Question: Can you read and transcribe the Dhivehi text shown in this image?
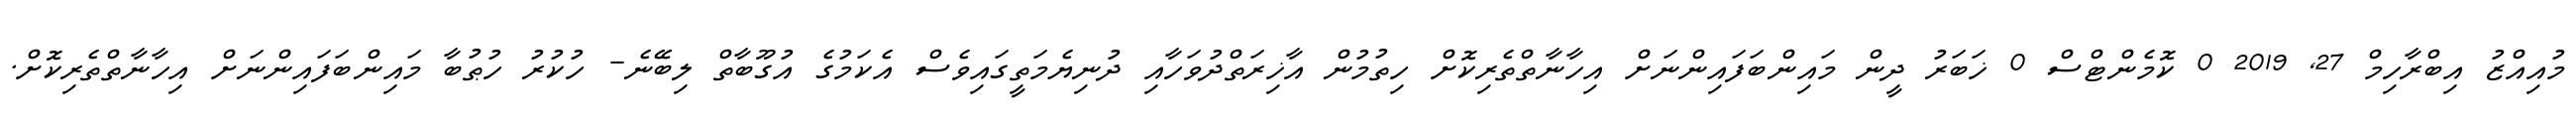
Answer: މުއިއްޒު އިބްރާހިމް 27, 2019 0 ކޮމެންޓްސް 0 ޚަބަރު ދީން މައިންބަފައިންނަށް އިހާނާތްތެރިކޮށް ހިތުމުން އާޚިރަތްދުވަހާއި ދުނިޔެމަތީގައިވެސް އެކަމުގެ އުގޫބާތް ލިބޭނެ- ހުކުރު ހުޠުބާ މައިންބަފައިންނަށް އިހާނާތްތެރިކޮށް.